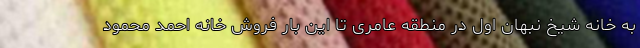
به خانه شیخ نبهان اول در منطقه عامری تا این بار فروش خانه احمد محمود